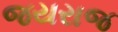
જયરાજ